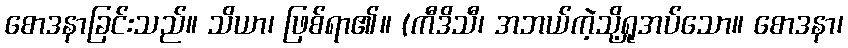
စောဒနာခြင်းသည်။ သိယာ၊ ဖြစ်ရာ၏။ (ကီဒိသီ၊ အဘယ်ကဲ့သို့ရှုအပ်သော။ စောဒနာ၊